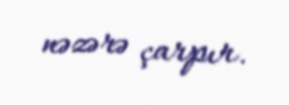
nəzərə çarpır.